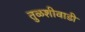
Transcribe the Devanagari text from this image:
तुळशीवाडी